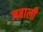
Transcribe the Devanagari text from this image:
जबाली